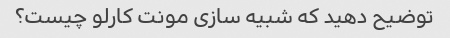
توضیح دهید که شبیه سازی مونت کارلو چیست؟